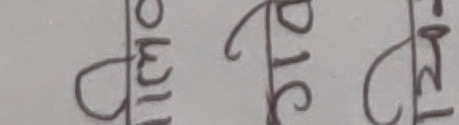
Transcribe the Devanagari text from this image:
चोमि पोटा शेत